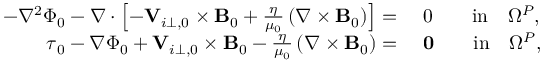
\begin{array} { r l } { - \nabla ^ { 2 } \Phi _ { 0 } - \nabla \cdot \left[ - { \mathbf V } _ { i \perp , 0 } \times { \mathbf B _ { 0 } } + \frac { \eta } { \mu _ { 0 } } \left( \nabla \times { \mathbf B _ { 0 } } \right) \right] = } & { ~ 0 \qquad \mathrm { i n } \quad \Omega ^ { P } , } \\ { \boldsymbol { \tau } _ { 0 } - \nabla \Phi _ { 0 } + { \mathbf V } _ { i \perp , 0 } \times { \mathbf B _ { 0 } } - \frac { \eta } { \mu _ { 0 } } \left( \nabla \times { \mathbf B _ { 0 } } \right) = } & { ~ \mathbf { 0 } \qquad \mathrm { i n } \quad \Omega ^ { P } , } \end{array}